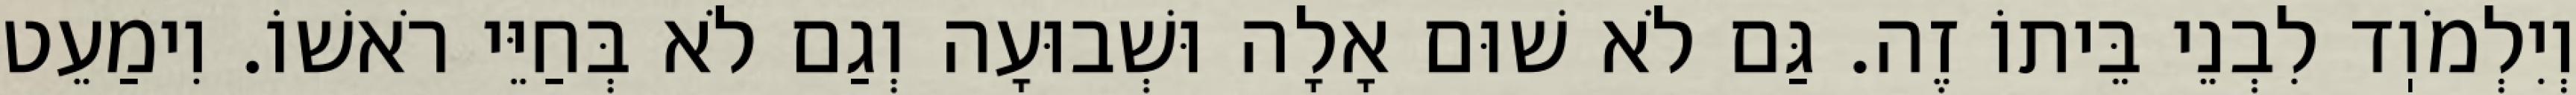
וְיִלְמֹוֽד לִבְנֵי בֵּיתוֹ זֶה. גַּם לֹא שׁוּם אָלָה וּשְׁבוּעָה וְגַם לֹא בְּחַיֵּי רֹאשׁוֹ. וִימַעֵט